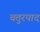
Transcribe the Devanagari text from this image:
चतुरपाद